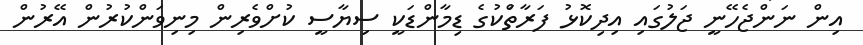
އިން ނަންޖެހޭނީ ޖަލުގައި އިދިކޮޅު ފަރާތްަކުގެ ޑިމާންޑަކީ ސިޔާސީ ކުށްވެރިން މިނިވަންކުރުން އޭރުން